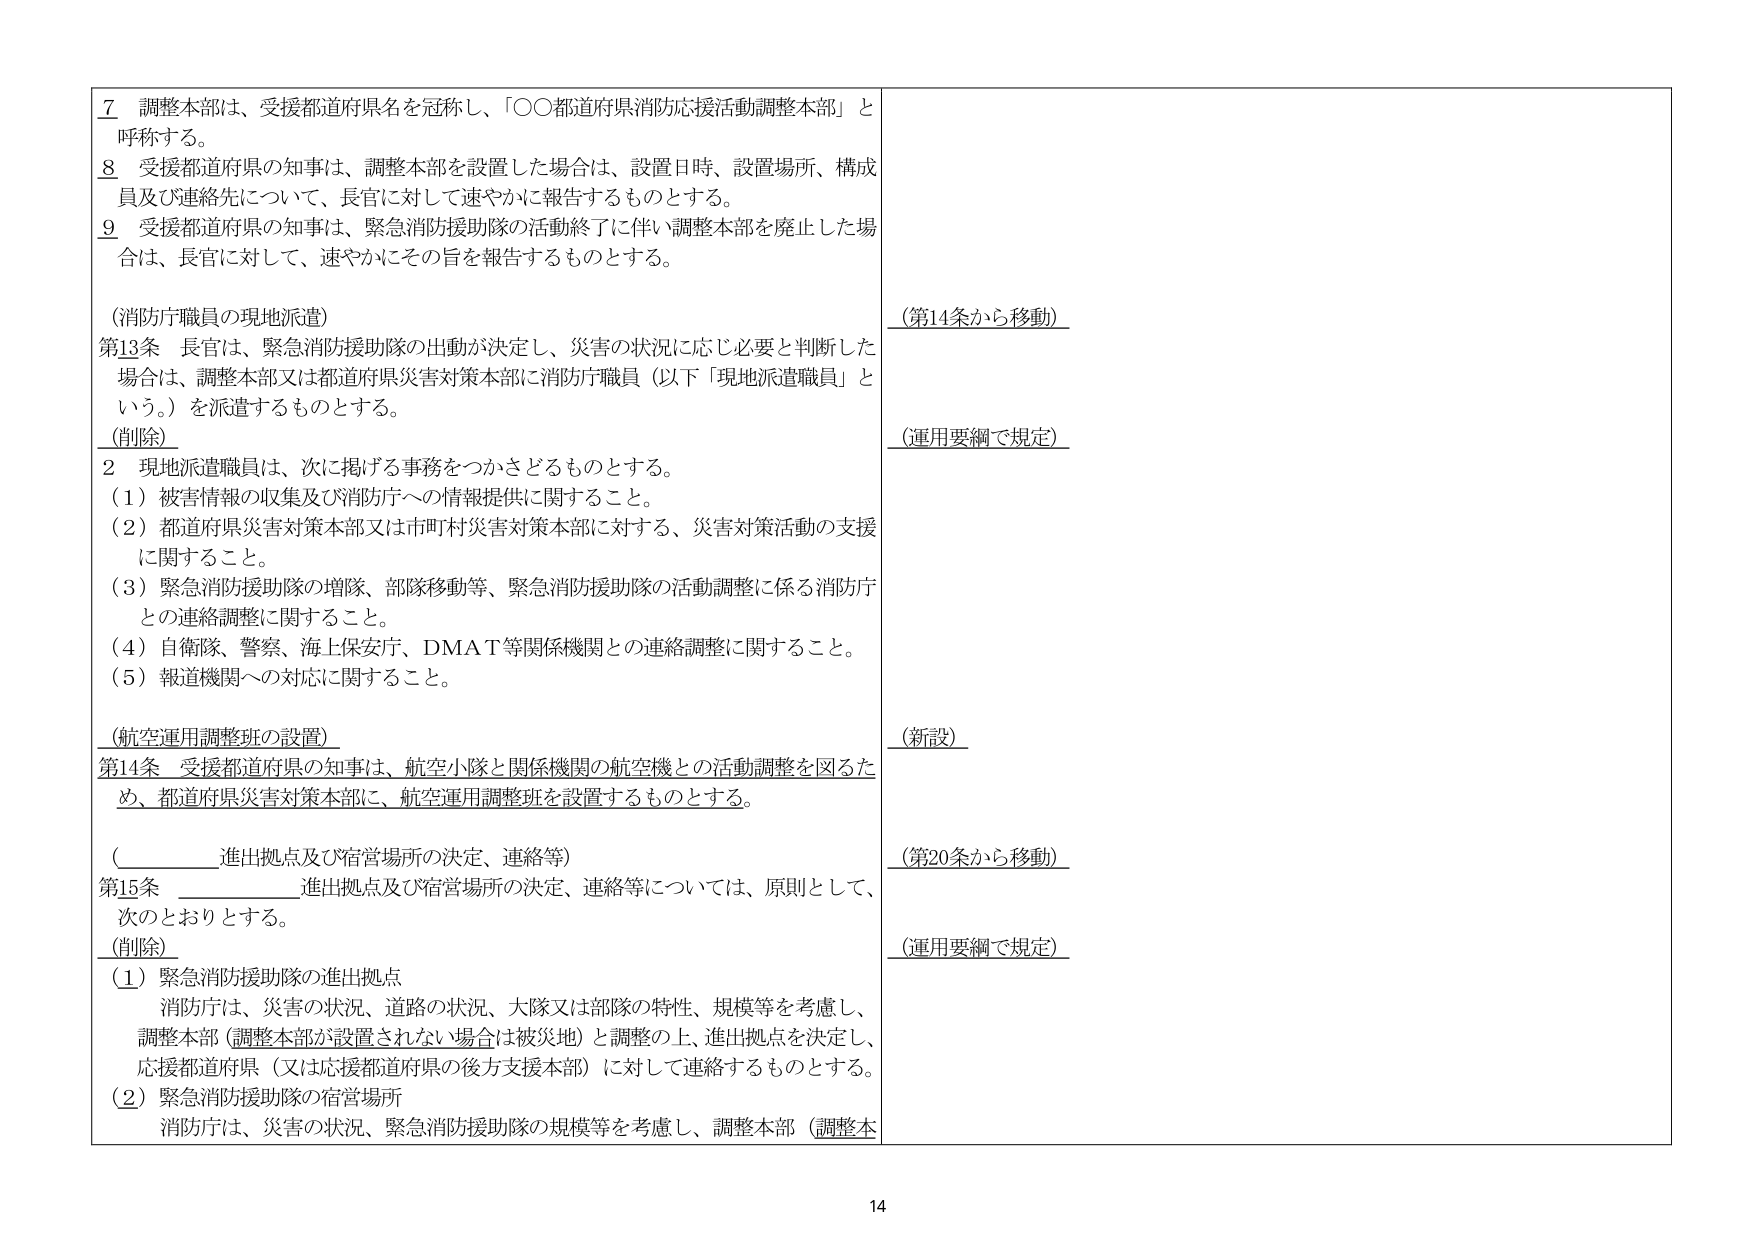
7 調整本部は、受援都道府県名を冠称し、「○○都道府県消防応援活動調整本部」と呼称する。

8 受援都道府県の知事は、調整本部を設置した場合は、設置日時、設置場所、構成員及び連絡先について、長官に対して速やかに報告するものとする。

9 受援都道府県の知事は、緊急消防援助隊の活動終了に伴い調整本部を廃止した場合は、長官に対して、速やかにその旨を報告するものとする。

（消防庁職員の現地派遣）
第13条 長官は、緊急消防援助隊の出動が決定し、災害の状況に応じ必要と判断した場合は、調整本部又は都道府県災害対策本部に消防庁職員（以下「現地派遣職員」という。）を派遣するものとする。

（削除）

2 現地派遣職員は、次に掲げる事務をつかさどるものとする。
（1）被害情報の収集及び消防庁への情報提供に関すること。
（2）都道府県災害対策本部又は市町村災害対策本部に対する、災害対策活動の支援に関すること。
（3）緊急消防援助隊の増隊、部隊移動等、緊急消防援助隊の活動調整に係る消防庁との連絡調整に関すること。
（4）自衛隊、警察、海上保安庁、DMAT等関係機関との連絡調整に関すること。
（5）報道機関への対応に関すること。

（航空運用調整班の設置）
第14条 受援都道府県の知事は、航空小隊と関係機関の航空機との活動調整を図るため、都道府県災害対策本部に、航空運用調整班を設置するものとする。

（__________進出拠点及び宿営場所の決定、連絡等）
第15条 __________進出拠点及び宿営場所の決定、連絡等については、原則として、次のとおりとする。

（削除）

（1）緊急消防援助隊の進出拠点
消防庁は、災害の状況、道路の状況、大隊又は部隊の特性、規模等を考慮し、調整本部（調整本部が設置されない場合は被災地）と調整の上、進出拠点を決定し、応援都道府県（又は応援都道府県の後方支援本部）に対して連絡するものとする。

（2）緊急消防援助隊の宿営場所
消防庁は、災害の状況、緊急消防援助隊の規模等を考慮し、調整本部（調整本

（第14条から移動）

（運用要綱で規定）

（新設）

（第20条から移動）

（運用要綱で規定）

14